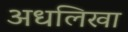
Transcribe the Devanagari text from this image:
अधलिखा